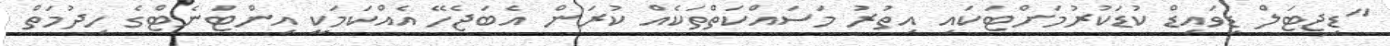
"ޑިޖިޓަލް ޑިވައިޑް ކުޑަކުރުމަށްޓަކައި އިތުރު މަސައްކަތްތަކެއް ކުރަން އެބަޖެހޭ އެއްކަމަކީ އިންޓަނެޓްގެ ހިދުމަތް